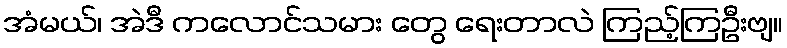
အံမယ်၊ အဲဒီ ကလောင်သမား တွေ ရေးတာလဲ ကြည့်ကြဦးဗျ။